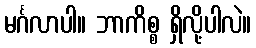
မင်္ဂလာပါ။ ဘာကိစ္စ ရှိလို့ပါလဲ။